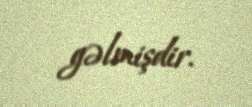
gəlmişdir.